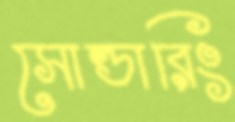
সোল্ডারিং